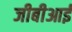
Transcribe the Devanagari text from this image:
जीबीआई